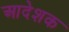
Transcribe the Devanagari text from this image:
आदेशक